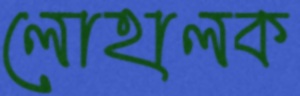
লোহালক